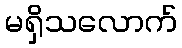
မရှိသလောက်